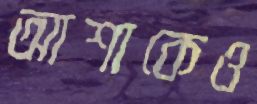
আশাকেও